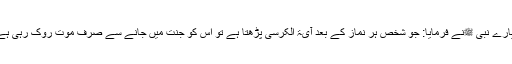
پیارے نبی ﷺنے فرمایا: جو شخص ہر نماز کے بعد آیۃ الکرسی پڑھتا ہے تو اس کو جنت میں جانے سے صرف موت روک رہی ہے۔